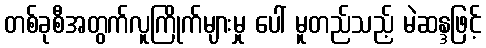
တစ်ခုစီအတွက်လူကြိုက်များမှု ပေါ် မူတည်သည့် မဲဆန္ဒဖြင့်